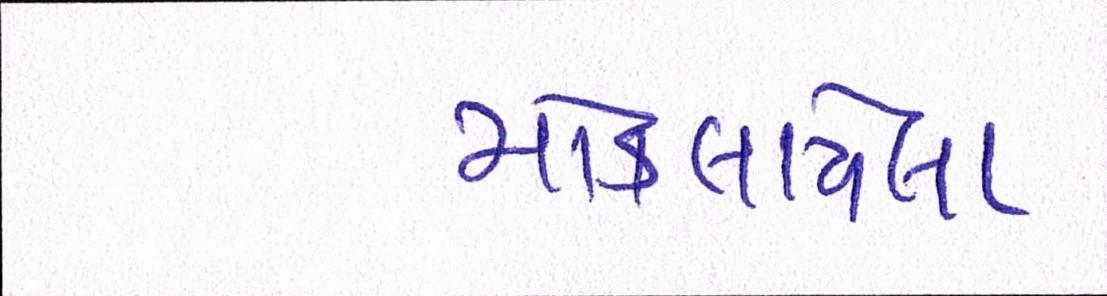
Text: મોકલાયેલા